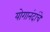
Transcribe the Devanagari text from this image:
योगानंदांचे